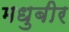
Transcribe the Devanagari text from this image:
मधुबीर